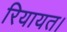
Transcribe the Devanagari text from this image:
रियायत।